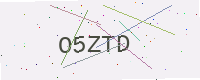
Text: O5ZTD